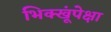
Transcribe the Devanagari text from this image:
भिक्खूंपेक्षा